Vaccine operations Central Provinces & Berar 1922-1929 - 1922-1929
Year: 1922
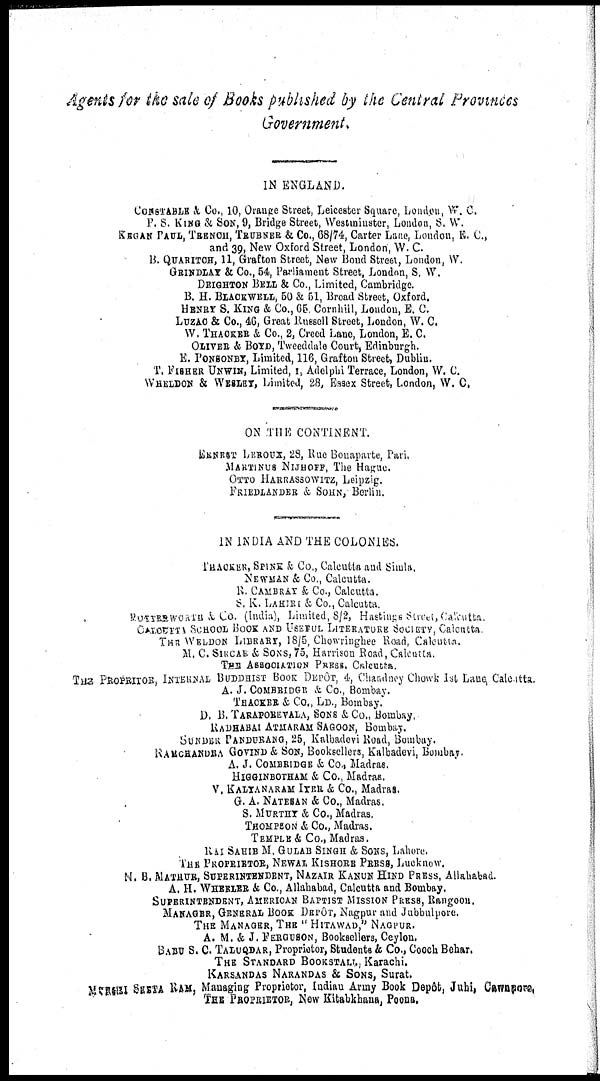
Agents for the sale of Books published by the Central Provinces
Government.
IN ENGLAND.
CONSTABLE &, Co., 10, Orange Street, Leicester Square, London, W. C.
P. S. KING & SON, 9, Bridge Street, Westminster, London, S. W.
KEGAN PAUL, TRENCH, TRUBNER & Co., 68/74, Carter Lane, London, E. C.,
and 39, New Oxford Street, London, W. C.
B. QUARITCH, 11, Grafton Street, New Bond Street, London, W.
GRINDLAY & Co., 54, Parliament Street, London, S. W.
DEIGHTON BELL & Co., Limited, Cambridge.
B. H. BLACKWELL, 50 & 51, Broad Street, Oxford.
HENRY S. KING & Co., 65 Cornhill, London, E. C.
LUZAC & Co., 46, Great Russell Street, London, W. C.
W. THACKER & Co., 2, Creed Lane, London, E. C.
OLIVER & BOYD, Tweeddale Court, Edinburgh.
E. PONSONBY, Limited, 116, Grafton Street, Dublin.
T. FISHER UNWIN, Limited, 1, Adelphi Terrace, London, W. C.
WHELDON & WESLEY, Limited, 28, Essex Street, London, W. C.
ON THE CONTINENT.
ERNRST LEROUX, 28, Rue Bonaparte, Part.
MARTINUS NIJHOFF, The Hague.
OTTO HARRASSOWITZ, Leipzig.
FRIEDLANDER & SOHN, Berlin.
IN INDIA AND THE COLONIES.
THACKER, SPINK & Co., Calcutta and Simla.
NEWMAN & Co., Calcutta.
R. CAMBRAY & Co., Calcutta.
S. K. LAHIRI & Co., Calcutta
BUTTERWORTH & Co. (India), Limited, 8/2, Hastings Stteet, Calcutta
CALCUTTA SCHOOL BOOK AND USEFUL LITERATURE SOCIETY, Calcutta
THE WELDON LIBRARY, 18/5, Chowringhee Road, Calcutta.
M. C. SIRCAE & SONS,75, Harrison Road, Calcutta.
THE ASSOCIATION PRESS, Calcutta.
THE PROPRITOR, INTERNAL BUDDHIST BOOK DEPÔT, 4, Chandney Chowk 1st Lane Calcutta.
A. J. COMBRIDGE & Co., Bombay.
THACKER & Co., LD., Bombay.
D. B. TARAPOREVALA, SONS & Co., Bombay.
RADHABAI ATMARAM SAGOON, Bombay.
SUNDER PANDURANG, 25, Kalbadevi Road, Bombuy.
RAMCHANDRA GOVIND & SON, Booksellers, Kalbadevi, Bombay.
A. J. COMBRIDGE & Co., Madras.
HIGGINBOTHAM & Co., Madras.
V. KALYANARAM IYER & Co., Madras.
G. A. NATESAN & Co., Madras.
S. MURTHY & Co., Madras.
THOMPSON & Co., Madras.
TEMPLE & Co., Madras.
RAI SAHIB M. GULAB SINGH & SONS, Lahore.
THE PROPRIETOR, NEWAL KISHORE PRESS, Lucknow.
N. B. MATHUR, SUPERINTENDENT, NAZAIR KANUN HIND PRESS, Allahabad.
A. H. WHEELER & Co., Allahabad, Calcutta and Bombay.
SUPERINTENDENT, AMERICAN BAPTIST MISSION PRESS, Rangoon.
MANAGER, GENERAL BOOK DEPÔT, Nagpur and Jubbulpore.
THE MANAGER, THE " HITAWAD," NAGPUR.
A. M. & J. FERGUSON, Booksellers, Ceylon.
BABU S. C. TALUQDAR, Proprietor, Students & Co., Cooch Behar.
THE STANDARD BOOKSTALL, Karachi.
KARSANDAS NARANDAS & SONS, Surat.
MUNSHI SEETA RAM, Managing Proprietor, Indian Army Book Depôt, Juhi, Cawnpore.
THE PROPRIETOR, New Kitabkhana, Poona,